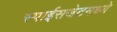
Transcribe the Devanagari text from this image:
स्पाईसजेटमध्ये